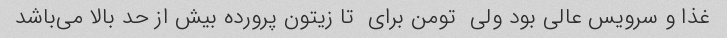
غذا و سرویس عالی بود ولی  تومن برای  تا زیتون پرورده بیش از حد بالا می‌باشد